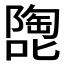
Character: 𱕂